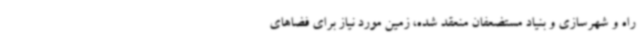
راه و شهرسازی و بنیاد مستضعفان منعقد شده، زمین مورد نیاز برای فضاهای